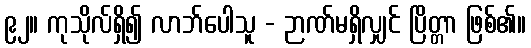
၉၂။ ကုသိုလ်ရှိ၍ လာဘ်ပေါသူ - ဉာဏ်မရှိလျှင် ပြိတ္တာ ဖြစ်၏။